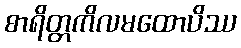
စာရိတ္တကိလမထောပိဿ